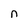
Character: n